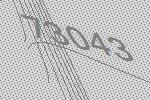
73043